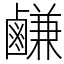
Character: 鹻